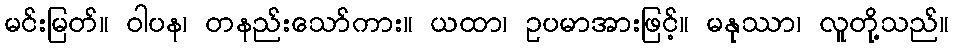
မင်းမြတ်။ ဝါပန၊ တနည်းသော်ကား။ ယထာ၊ ဥပမာအားဖြင့်။ မနုဿာ၊ လူတို့သည်။